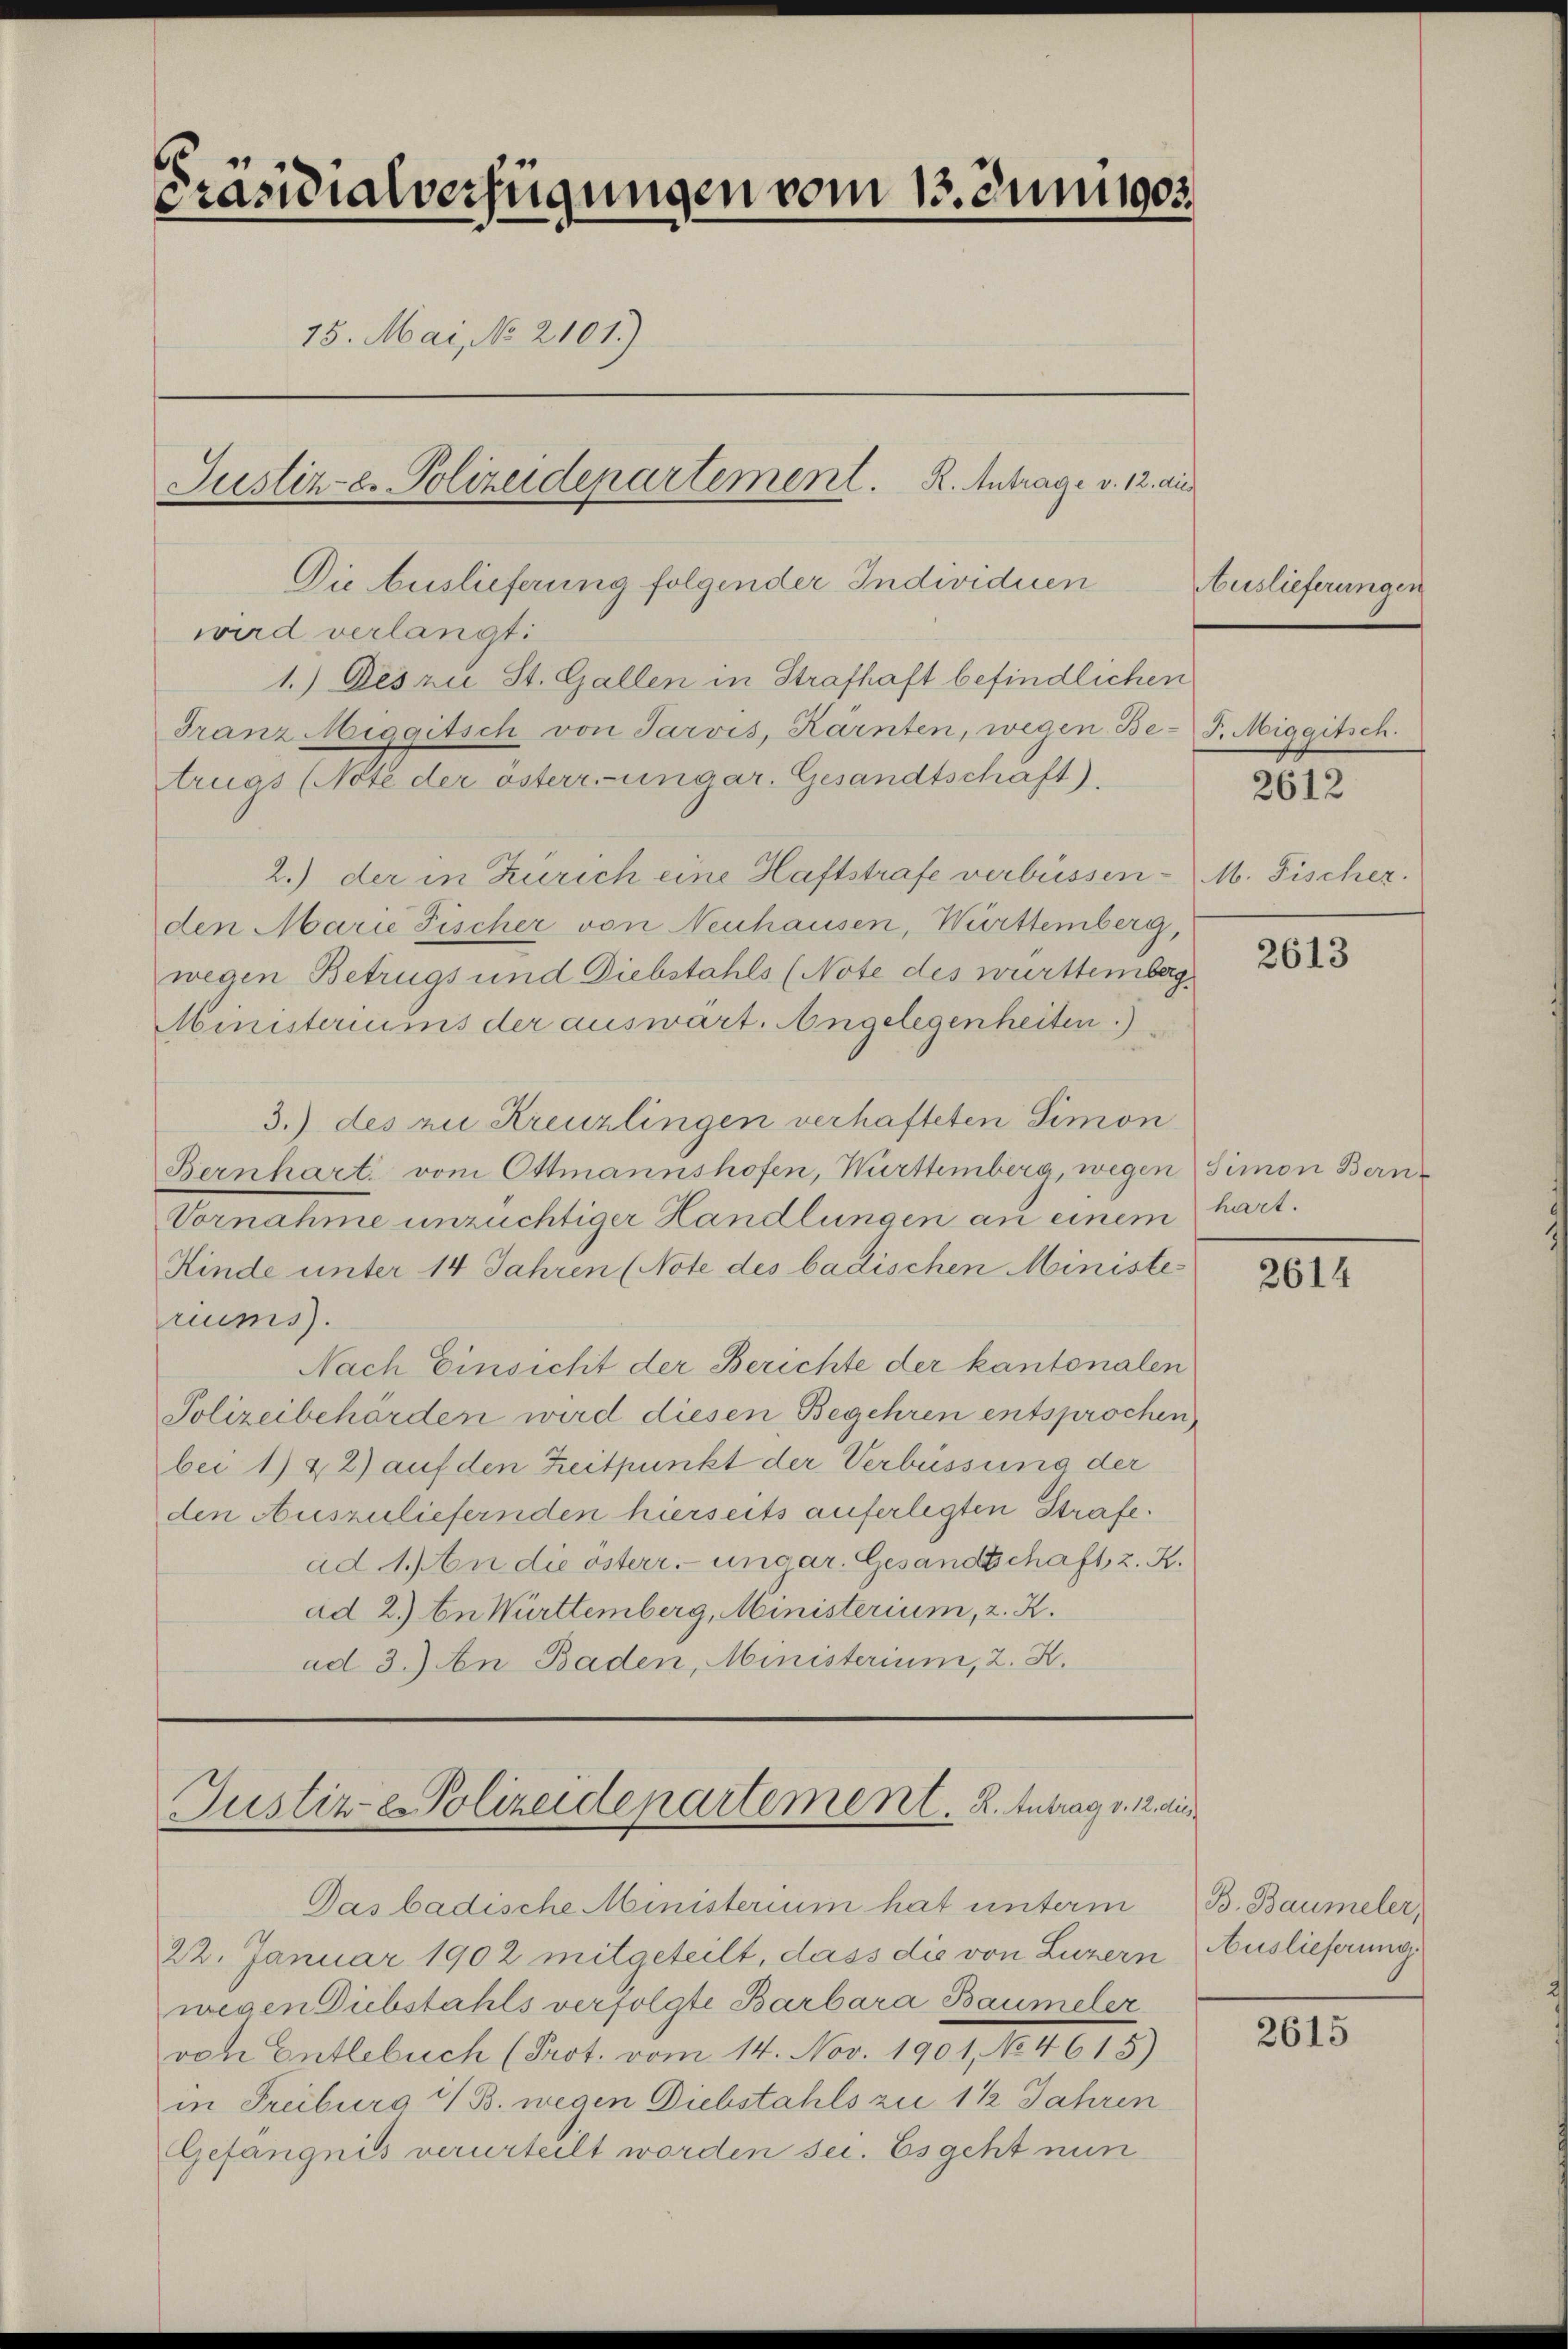
6
Präsidialverfügungen vom 13. Juni 1903.
15. Mai, No 2101.)
Justiz- u. Polizeidepartement. R. Antrage v. 12. die

Die Auslieferung folgender Individuen
wird verlangt:
1.) Des zu St. Gallen in Strafhaft befindlichen
Franz Miggitsch von Jarvis, Kärnten, wegen Be- P. Miggitsch.
trugs (Note der österr-ungar. Gesandtschaft).
2.) der in Zürich eine Haftstrafe verbüssen-M. Fischer.
den Marie Fischer von Neuhausen, Württemberg,
wegen Betrugs und Diebstahls (Note des württemberg.
Ministeriums der auswart. Angelegenheiten.)
3.) des zu Kreuzlingen verhafteten Simon
Bernhart vom Ottmannshofen, Württemberg, wegen Simon Bern¬
Vornahme unzüchtiger Handlungen an einem
Kinde unter 14 Jahren (Note des badischen Ministe
riums.
Nach Einsicht der Berichte der kantonalen
Polizeibehörden wird diesen Begehren entsprochen
bei 1) & 2) auf den Zeitpunkt der Verbüssung der
den Auszuliefernden hierseits auferlegten Strafe.
ad 1. an die österr.-ungar. Gesandschaft, z. K.
ad 2.) In Württemberg, Ministerium, 2. X.
ad 3.) An Baden, Ministerium, 2. K.

Das badische Ministerium hat unterm
22. Januar 1902 mitgeteilt, dass die von Luzern Auslieferung
wegen Diebstahls verfolgte Barbara Baumeler
von Entlebuch (Prot. vom 14. Nov. 1901, No. 4615)
in Freiburg & B. wegen Diebstahls zu 1 ½ Jahren
Gefängnis verurteilt worden sei. Es geht nun

Justiz-Polizeidepartement. R. Antrag v. 12. die

Auslieferungen

2612

2613

2614

2615

hart.

B. Baumeler,